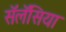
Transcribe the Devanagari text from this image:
सॅलॅसिया